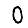
Digit: 0